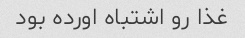
غذا رو اشتباه اورده بود